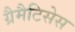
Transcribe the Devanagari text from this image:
ग्रैमैटिसेस